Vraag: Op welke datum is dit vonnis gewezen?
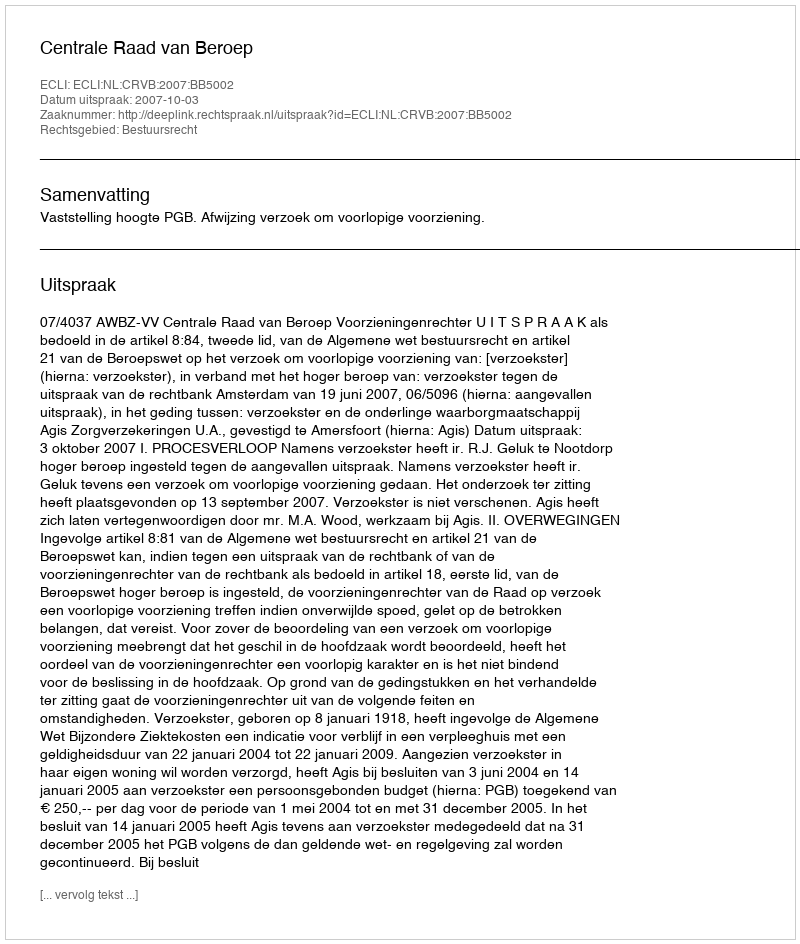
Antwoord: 2007-10-03